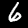
Digit: 6